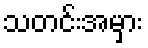
သတင်းအမှား